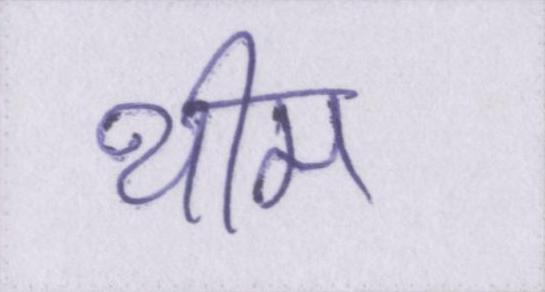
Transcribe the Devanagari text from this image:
थीम